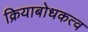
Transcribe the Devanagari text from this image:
क्रियाबोधकत्व